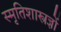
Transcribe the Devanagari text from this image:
स्मृतिशास्त्रज्ञों